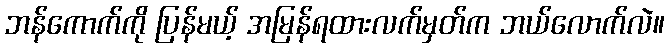
ဘန်ကောက်ကို ပြန်မယ့် အမြန်ရထားလက်မှတ်က ဘယ်လောက်လဲ။